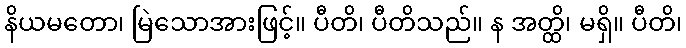
နိယမတော၊ မြဲသောအားဖြင့်။ ပီတိ၊ ပီတိသည်။ န အတ္ထိ၊ မရှိ။ ပီတိ၊